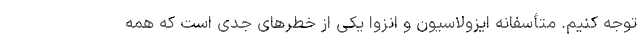
توجه کنیم. متأسفانه ایزولاسیون و انزوا یکی از خطرهای جدی است که همه